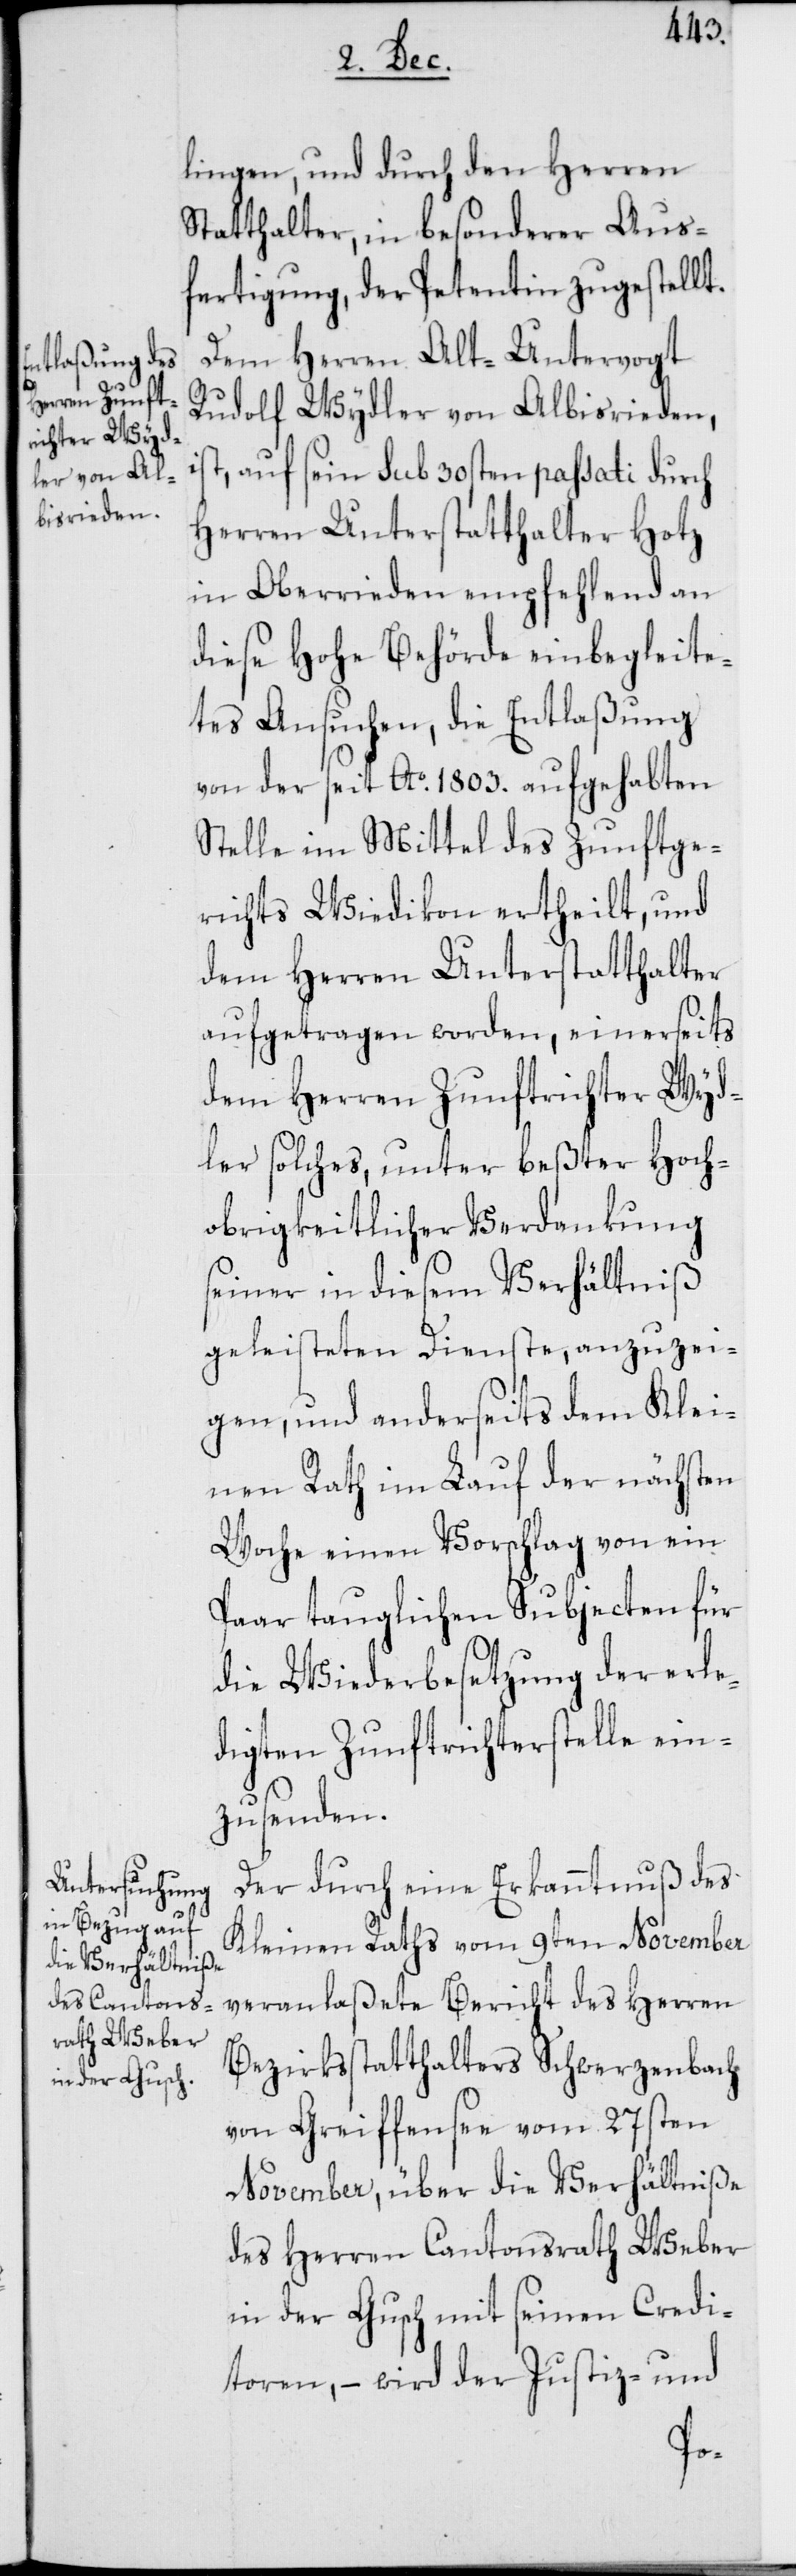
lingen, und durch den Herren
Statthalter, in besonderer Aus¬
fertigung, der Petentin zugestellt.
Dem Herren Alt-Untervogt
Rudolf Wydler von Albisrieden,
t, auf sein sub 30sten passati durch
Herren Unterstatthalter Hotz
in Oberrieden empfehlend an
diese Hohe Behörde einbegleite¬
tes Ansuchen, die Entlaßung
von der seit Ao. 1803. aufgehabten
Stelle im Mittel des Zunftge¬
richts Wiedikon ertheilt, und
dem Herren Unterstatthalter
aufgetragen worden, einerseits
dem Herren Zunftrichter Wyd¬
ler solches, unter beßter Hoch¬
obrigkeitlicher Verdankung
seiner in diesem Verhältniß
geleisteten Dienste, anzuzei¬
gen, und anderseits dem Klei¬
nen Rath im Lauf der nächsten
Woche einen Vorschlag von ein
Paar tauglichen Subjecten für
die Wiederbesetzung der erle¬
digten Zunftrichterstelle ein¬
zusenden.
Der durch eine Erkanntnuß des
Kleinen Raths vom 9ten November
veranlaßete Bericht des Herren
Bezirksstatthalters Schwerzenbach
von Greiffensee vom 27sten
November, über die Verhältniße
des Herren Cantonsrath Weber
in der Gusch mit seinen Credi¬
toren, – wird der Justiz- und
is¬